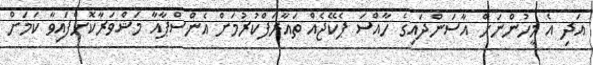
އަދި އެ މީހުންނަށް އާސަންދައިގެ ހާއްސަ ޕެކޭޖެއް ތައާރަފްކުރުމަށް އެންސްޕާއާ މަޝްވަރާކޮށްފައިވާ ކަމަށް